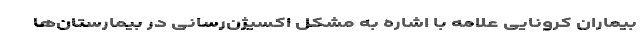
بیماران کرونایی علامه با اشاره به مشکل اکسیژن‌رسانی در بیمارستان‌ها